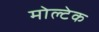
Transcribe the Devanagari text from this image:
मोल्टेक